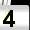
Digit: 4